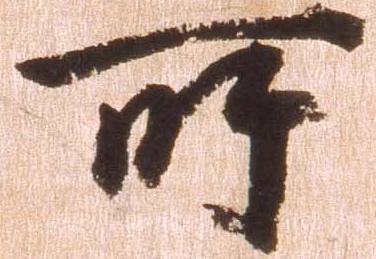
所